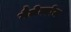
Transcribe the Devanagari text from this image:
गैलेक्टोज